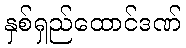
နှစ်ရှည်ထောင်ဒဏ်